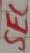
Text: SEC